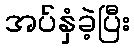
အပ်နှံခဲ့ပြီး